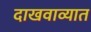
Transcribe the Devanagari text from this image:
दाखवाव्यात